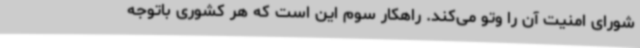
شورای امنیت آن را وتو می‌کند. راهکار سوم این است که هر کشوری باتوجه